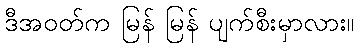
ဒီအဝတ်က မြန် မြန် ပျက်စီးမှာလား။